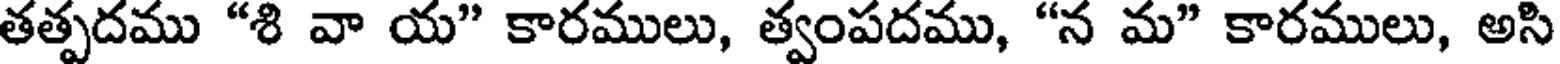
తత్పదము "శి వా య" కారములు, త్వంపదము, "న మ" కారములు, అసి